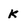
Character: K